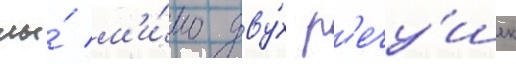
мы́ м'и́мо дву́х р'ечу́шек